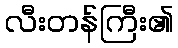
လီးတန်ကြီး၏